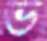
ভ